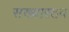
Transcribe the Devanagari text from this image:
सख्यास्तव